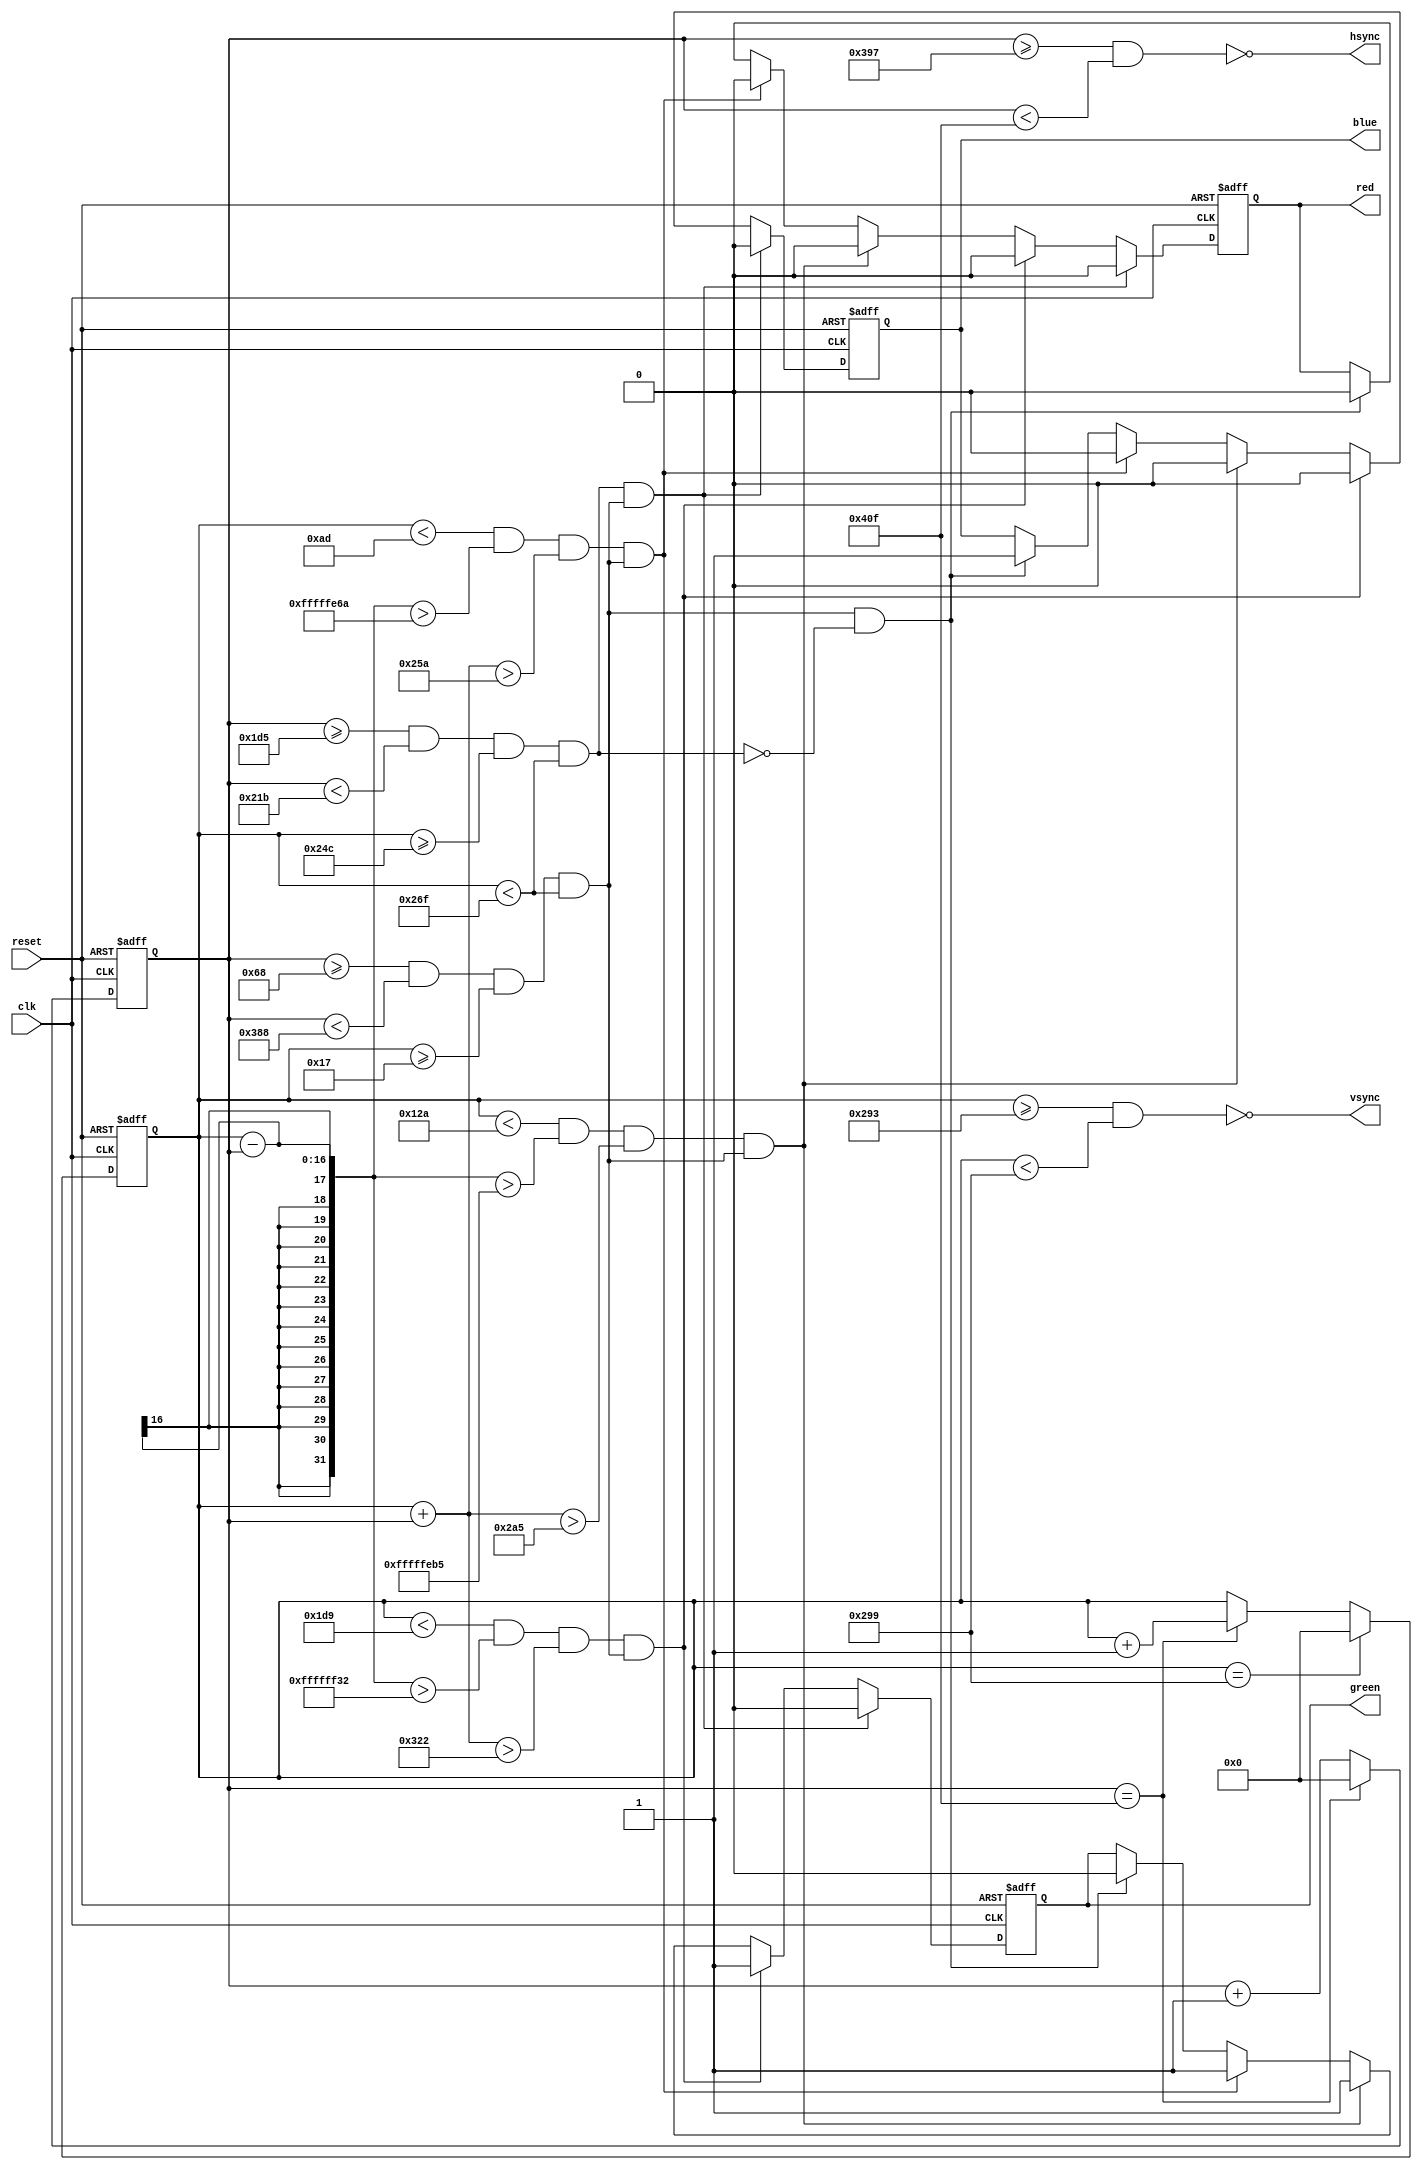
`timescale 1ns / 1ps
//////////////////////////////////////////////////////////////////////////////////
// Company: 
// Engineer: 
// 
// Design Name: 
// Module Name:    Xmas 
// Project Name: 
// Target Devices: 
// Tool versions: 
// Description: 
//
// Dependencies: 
//
// Revision: 
// Revision 0.01 - File Created
// Additional Comments: 
//
//////////////////////////////////////////////////////////////////////////////////
module Xmas(input reset,output hsync,output vsync,output reg red,output reg blue,output reg green,input clk);


wire rec,tria1,tria2,tria3;
reg [15:0]col,row;
wire visible;


//assign region = (pixel_col >=center_x) & (pixel_col < center_x+128) & (pixel_row >=center_y) & (pixel_row < center_y+128)
assign hsync  =~((col>=919) & (col<1039));
assign vsync  =~((row>=659) & (row<665));
assign visible  =((col>=104) & (col<904) & (row>=23) & (row<623));
assign tria1=((row <473) & (row-col>-206) & (row+col>802));
assign tria2=((row <298) & (row-col>-331) & (row+col>677)) ;
assign tria3=((row <173) & (row-col>-406) & (row+col>602)) ;
assign rec=((col >=469) & (col <539) & (row >=588) & (row < 623));


always @(posedge clk or posedge reset)begin
if(reset)
col<=0;
else if(col==1039)
col<=0; 
else
col<=col+1;
end


always @(posedge clk or posedge reset)begin
if(reset)
row<=0;
else if(row==665)
row<=0;
else if(col==1039)
row<=row+1; 
else
row<=row;
end


always @(posedge clk or posedge reset)begin
if(reset)begin
blue<=0;
green<=0;
red<=0;
end
else if(rec && visible)begin
blue<=0;
green<=0;
red<=0;
end
else if(tria1&& visible)begin
blue<=0;
green<=1;
red<=0;
end
else if(tria2&& visible)begin
blue<=0;
green<=1;
red<=0;
end

else if(tria3&& visible)begin
blue<=0;
green<=1;
red<=0;
end
else if(visible&& !rec)begin
blue<=1;
green<=0;
red<=0;
end
else
begin
blue<=blue;
green<=green;
red<=red;
end
end







endmodule